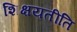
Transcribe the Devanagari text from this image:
शिक्षयतीति